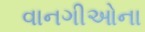
વાનગીઓના